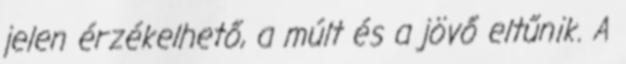
jelen érzékelhető, a múlt és a jövő eltűnik. A